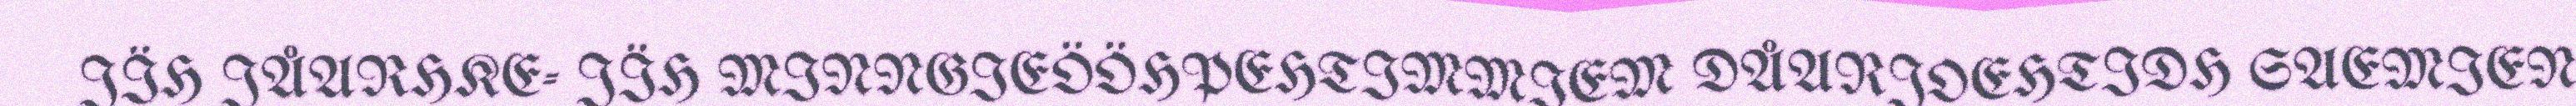
JÏH JÅARHKE- JÏH MINNGIEÖÖHPEHTIMMIEM DÅARJOEHTIDH SAEMIEN